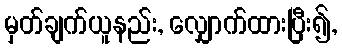
မှတ်ချက်ယူနည်း, လျှောက်ထားပြီး၍,